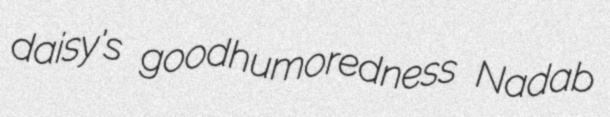
daisy's goodhumoredness Nadab